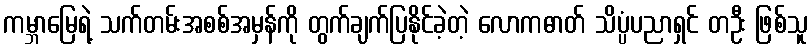
ကမ္ဘာမြေရဲ့ သက်တမ်းအစစ်အမှန်ကို တွက်ချက်ပြနိုင်ခဲ့တဲ့ လောကဓာတ် သိပ္ပံပညာရှင် တဦး ဖြစ်သူ